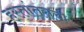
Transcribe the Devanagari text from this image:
हस्तांतराची